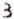
3